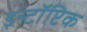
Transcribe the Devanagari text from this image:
इन्टॉप्टिक